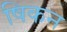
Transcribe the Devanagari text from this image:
षिकन